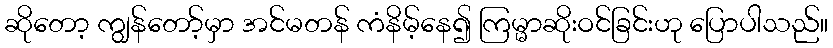
ဆိုတော့ ကျွန်တော့်မှာ အင်မတန် ကံနိမ့်နေ၍ ကြမ္မာဆိုးဝင်ခြင်းဟု ပြောပါသည်။